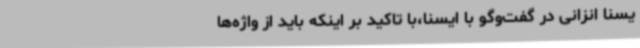
یسنا انزانی در گفت‌وگو با ایسنا،با تاکید بر اینکه باید از واژه‌ها